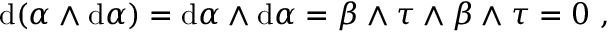
\mathrm { d } ( \alpha \wedge \mathrm { d } \alpha ) = \mathrm { d } \alpha \wedge \mathrm { d } \alpha = \beta \wedge \tau \wedge \beta \wedge \tau = 0 \ ,